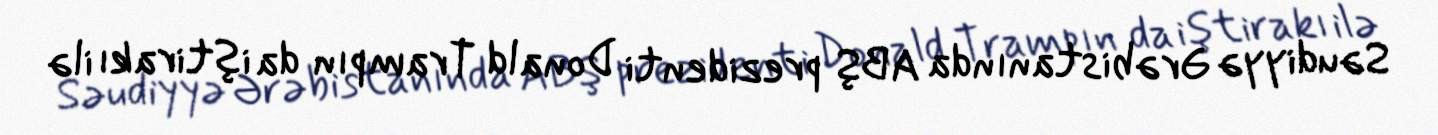
Səudiyyə Ərəbistanında ABŞ prezidenti Donald Trampın da iştirakı ilə